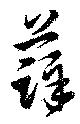
薛